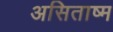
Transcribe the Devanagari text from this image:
असिताष्म